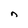
Character: n